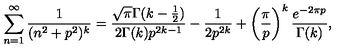
\sum _ { n = 1 } ^ { \infty } \frac { 1 } { ( n ^ { 2 } + p ^ { 2 } ) ^ { k } } = \frac { \sqrt { \pi } \Gamma ( k - \frac { 1 } { 2 } ) } { 2 \Gamma ( k ) p ^ { 2 k - 1 } } - \frac { 1 } { 2 p ^ { 2 k } } + \left( \frac { \pi } { p } \right) ^ { k } \frac { e ^ { - 2 \pi p } } { \Gamma ( k ) } ,